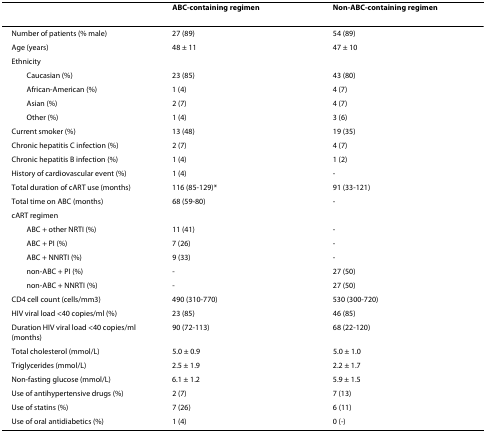
|  | ABC-containing regimen | Non-ABC-containing regimen |
 | --- | --- | --- |
 | Number of patients (% male) | 27 (89) | 54 (89) |
 | Age (years) | 48 ± 11 | 47 ± 10 |
 | Ethnicity |  |  |
 | Caucasian (%) | 23 (85) | 43 (80) |
 | African-American (%) | 1 (4) | 4 (7) |
 | Asian (%) | 2 (7) | 4 (7) |
 | Other (%) | 1 (4) | 3 (6) |
 | Current smoker (%) | 13 (48) | 19 (35) |
 | Chronic hepatitis C infection (%) | 2 (7) | 4 (7) |
 | Chronic hepatitis B infection (%) | 1 (4) | 1 (2) |
 | History of cardiovascular event (%) | 1 (4) | - |
 | Total duration of cART use (months) | 116 (85-129)* | 91 (33-121) |
 | Total time on ABC (months) | 68 (59-80) | - |
 | cART regimen |  |  |
 | ABC + other NRTI (%) | 11 (41) | - |
 | ABC + PI (%) | 7 (26) | - |
 | ABC + NNRTI (%) | 9 (33) | - |
 | non-ABC + PI (%) | - | 27 (50) |
 | non-ABC + NNRTI (%) | - | 27 (50) |
 | CD4 cell count (cells/mm3) | 490 (310-770) | 530 (300-720) |
 | HIV viral load <40 copies/ml (%) | 23 (85) | 46 (85) |
 | Duration HIV viral load <40 copies/ml (months) | 90 (72-113) | 68 (22-120) |
 | Total cholesterol (mmol/L) | 5.0 ± 0.9 | 5.0 ± 1.0 |
 | Triglycerides (mmol/L) | 2.5 ± 1.9 | 2.2 ± 1.7 |
 | Non-fasting glucose (mmol/L) | 6.1 ± 1.2 | 5.9 ± 1.5 |
 | Use of antihypertensive drugs (%) | 2 (7) | 7 (13) |
 | Use of statins (%) | 7 (26) | 6 (11) |
 | Use of oral antidiabetics (%) | 1 (4) | 0 (-) |